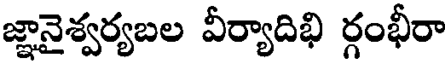
జ్ఞానైశ్వర్యబల వీర్యాదిభి ర్గంభీరా